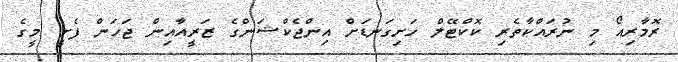
ރޮމާރިއޯ މި ނުރައްކާތެރި ކޮކްޓޭލް ހަށިގަނޑަށް އިންޖެކްޝަންގެ ޒަރީއާއިން ޖަހަން ފެށީ މީގެ